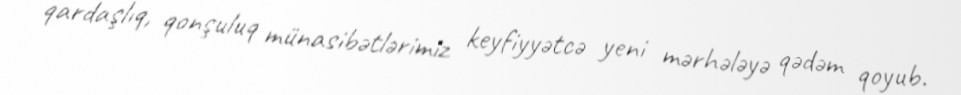
qardaşlıq, qonşuluq münasibətlərimiz keyfiyyətcə yeni mərhələyə qədəm qoyub.